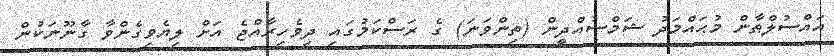
އައްސުލްޠާން މުޙައްމަދު ޝަމްސުއްދީން (ތިންވަނަ) ގެ ރަސްކަމުގައި ދިވެހިރާއްޖެ އަށް ލިޔެވިގެންވާ ގާނޫނަކުން